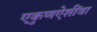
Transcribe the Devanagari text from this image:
एकुणऐशींवा